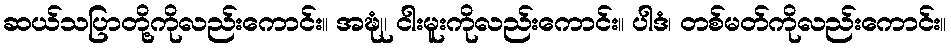
ဆယ်သပြာတို့ကိုလည်းကောင်း။ အဍ္ဎုံ၊ ငါးမူးကိုလည်းကောင်း။ ပါဒံ၊ တစ်မတ်ကိုလည်းကောင်း။